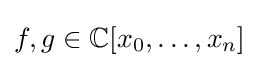
f,g\in \mathbb {C} [x_{0},\ldots ,x_{n}]